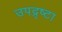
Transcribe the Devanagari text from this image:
उपद्र्ष्टा